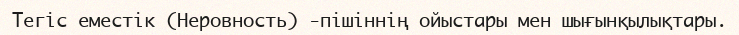
Тегiс еместік (Неровность) -пішіннің ойыстары мен шығынқылықтары.